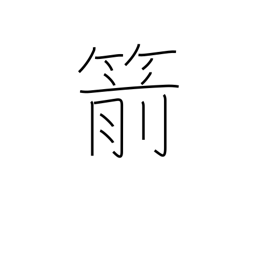
Meaning: arrow